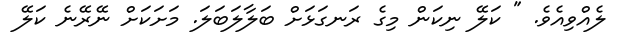
ލެއްވިއެވެ. " ކަލޭ ނިކަން މިގެ ރަނގަޅަށް ބަލާލަބަލަ. މަށަކަށް ނޭރޭނެ ކަލޭ